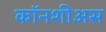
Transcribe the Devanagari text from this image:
कॉनशीअस